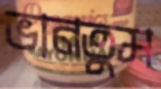
ভানতুম